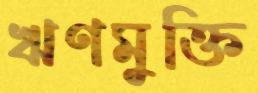
ঋণমুক্তি